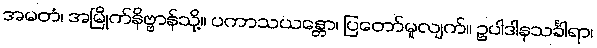
အမတံ၊ အမြိုက်နိဗ္ဗာန်သို့။ ပကာသယန္တော၊ ပြတော်မူလျက်။ ဥပါဒါနသင်္ခါရာ၊